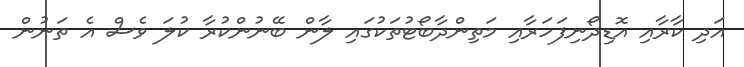
އަދި ކާރާއި އޮޑިދޯނިފަހަރާއި މަތިންދާބޯޓުތަކުގައި ލާން ބޭނުންކުރާ ކުލަ ވެސް އެ ތަނުން